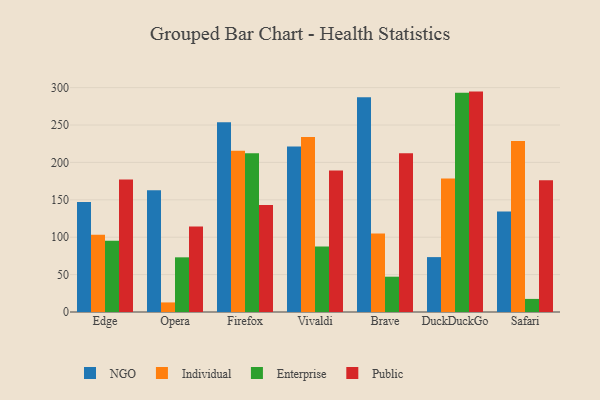
{"axis": {"x": "Browser", "y": "Revenue (USD Million)"}, "legend": ["Enterprise", "Individual", "NGO", "Public"], "data": [{"x": "Edge", "y": 147.0, "type": "NGO"}, {"x": "Edge", "y": 103.3, "type": "Individual"}, {"x": "Edge", "y": 95.2, "type": "Enterprise"}, {"x": "Edge", "y": 177.3, "type": "Public"}, {"x": "Opera", "y": 162.8, "type": "NGO"}, {"x": "Opera", "y": 12.8, "type": "Individual"}, {"x": "Opera", "y": 73.1, "type": "Enterprise"}, {"x": "Opera", "y": 114.4, "type": "Public"}, {"x": "Firefox", "y": 253.7, "type": "NGO"}, {"x": "Firefox", "y": 215.7, "type": "Individual"}, {"x": "Firefox", "y": 212.4, "type": "Enterprise"}, {"x": "Firefox", "y": 143.0, "type": "Public"}, {"x": "Vivaldi", "y": 221.4, "type": "NGO"}, {"x": "Vivaldi", "y": 233.9, "type": "Individual"}, {"x": "Vivaldi", "y": 87.5, "type": "Enterprise"}, {"x": "Vivaldi", "y": 189.1, "type": "Public"}, {"x": "Brave", "y": 287.3, "type": "NGO"}, {"x": "Brave", "y": 104.8, "type": "Individual"}, {"x": "Brave", "y": 47.2, "type": "Enterprise"}, {"x": "Brave", "y": 212.2, "type": "Public"}, {"x": "DuckDuckGo", "y": 73.4, "type": "NGO"}, {"x": "DuckDuckGo", "y": 178.4, "type": "Individual"}, {"x": "DuckDuckGo", "y": 293.0, "type": "Enterprise"}, {"x": "DuckDuckGo", "y": 294.7, "type": "Public"}, {"x": "Safari", "y": 134.3, "type": "NGO"}, {"x": "Safari", "y": 228.6, "type": "Individual"}, {"x": "Safari", "y": 17.5, "type": "Enterprise"}, {"x": "Safari", "y": 176.2, "type": "Public"}]}